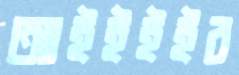
আইইইইর